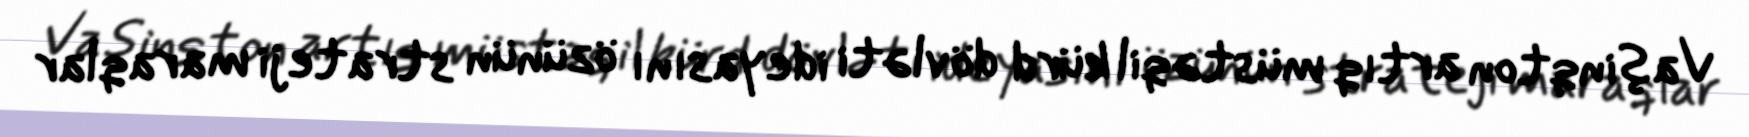
Vaşinqton artıq müstəqil kürd dövləti ideyasını özünün strateji maraqlar